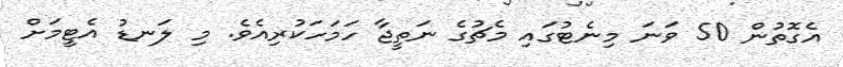
އެގޮތުން 50 ވަނަ މިނެޓުގައި މެޗުގެ ނަތީޖާ ހަމަހަކުރިއެވެ. މި ލަނޑު އެޓީމަށް